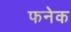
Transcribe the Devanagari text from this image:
फनेक